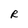
Character: R